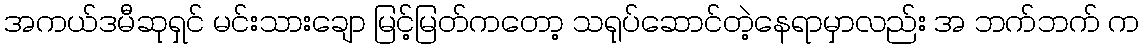
အကယ်ဒမီဆုရှင် မင်းသားချော မြင့်မြတ်ကတော့ သရုပ်ဆောင်တဲ့နေရာမှာလည်း အ ဘက်ဘက် က